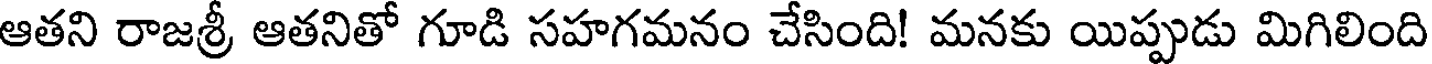
ఆతని రాజశ్రీ ఆతనితో గూడి సహగమనం చేసింది! మనకు యిప్పుడు మిగిలింది